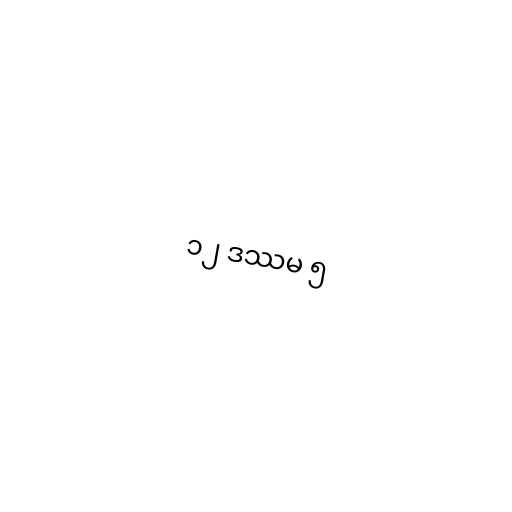
၁၂ ဒဿမ ၅